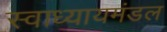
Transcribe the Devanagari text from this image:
स्वाध्यायमंडल